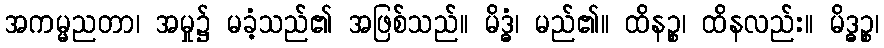
အကမ္မညတာ၊ အမှု၌ မခံ့သည်၏ အဖြစ်သည်။ မိဒ္ဓံ၊ မည်၏။ ထိနဉ္စ၊ ထိနလည်း။ မိဒ္ဓဉ္စ၊